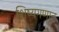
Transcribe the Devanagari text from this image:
शिष्यगणात